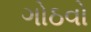
ગોઠવો